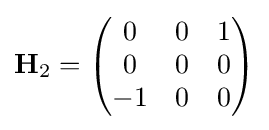
\mathbf {H} _{2}={\begin{pmatrix}0&0&1\\0&0&0\\-1&0&0\end{pmatrix}}